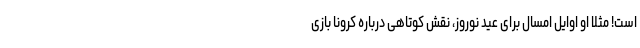
است! مثلا او اوایل امسال برای عید نوروز، نقش کوتاهی درباره کرونا بازی